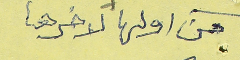
من اولها لاخرها